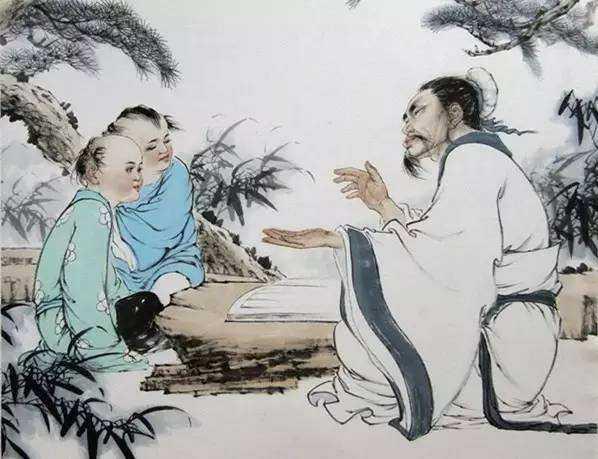
天能生物，不能辨物也，地能载人，不能治人也宇中万物生人之属，待圣人然后分也。